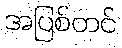
အပြစ်တင်